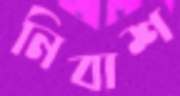
নিবাশ